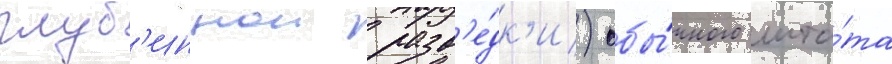
глуб'иннои разв'е́дк'и) обы́чного шта́та